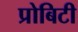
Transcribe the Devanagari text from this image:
प्रोबिटी